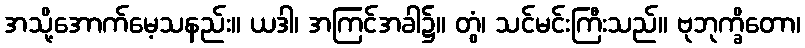
အသို့အောက်မေ့သနည်း။ ယဒါ၊ အကြင်အခါ၌။ တွံ၊ သင်မင်းကြီးသည်။ ဗုဘုက္ခိတော၊